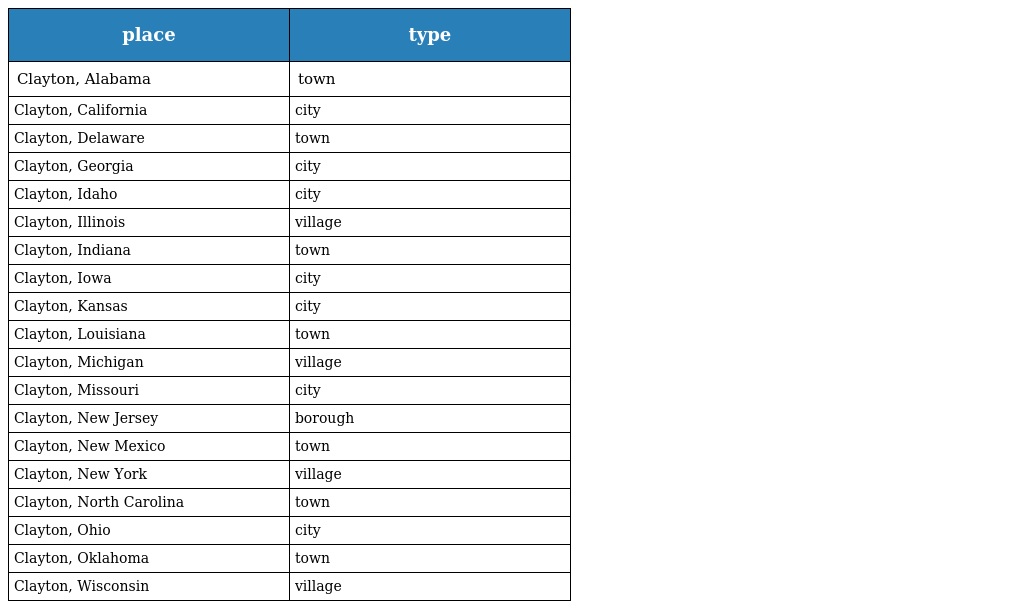
| place | type |
 | --- | --- |
 | Clayton, Alabama | town |
 | Clayton, California | city |
 | Clayton, Delaware | town |
 | Clayton, Georgia | city |
 | Clayton, Idaho | city |
 | Clayton, Illinois | village |
 | Clayton, Indiana | town |
 | Clayton, Iowa | city |
 | Clayton, Kansas | city |
 | Clayton, Louisiana | town |
 | Clayton, Michigan | village |
 | Clayton, Missouri | city |
 | Clayton, New Jersey | borough |
 | Clayton, New Mexico | town |
 | Clayton, New York | village |
 | Clayton, North Carolina | town |
 | Clayton, Ohio | city |
 | Clayton, Oklahoma | town |
 | Clayton, Wisconsin | village |